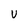
Character: U